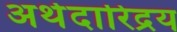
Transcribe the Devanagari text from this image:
अर्थदारिद्रय